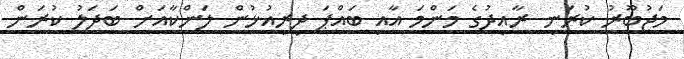
މަޖުބޫރު ކުރަނީ ރާއިދުގެ މަންމަ އާއި ބައްޕަ ދިރިއުޅުން ލަންކާއަށް ބަދަލު ކުރަން